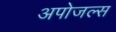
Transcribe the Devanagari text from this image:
अपोजल्स